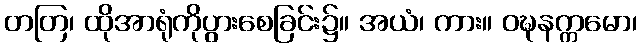
တတြ၊ ထိုအာရုံကိုပွားစေခြင်း၌။ အယံ၊ ကား။ ဝဍ္ဎနက္ကမော၊